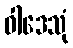
ဝါဒေသုံ